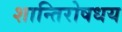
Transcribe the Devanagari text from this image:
शान्तिरोषधय